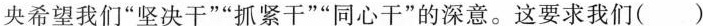
央希望我们“坚决干”“抓紧干”“同心干”的深意。这要求我们（）